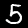
Label: 5